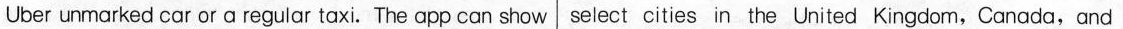
Uber unmarked car or a regular taxi. The app can show select cities in the United Kingdom,Canada,and